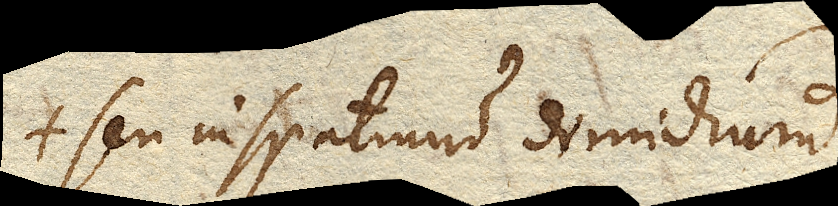
seu in spatium dimidium